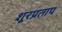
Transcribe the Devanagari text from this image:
शूरप्रताप